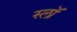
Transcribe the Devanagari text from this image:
स्लॉ